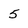
Character: 5